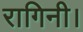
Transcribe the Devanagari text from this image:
रागिनी।